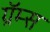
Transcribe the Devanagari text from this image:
ग्रॅम्स